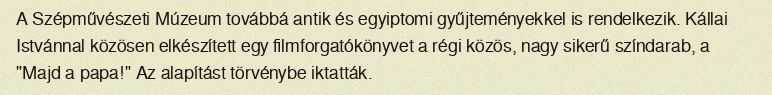
A Szépművészeti Múzeum továbbá antik és egyiptomi gyűjteményekkel is rendelkezik. Kállai Istvánnal közösen elkészített egy filmforgatókönyvet a régi közös, nagy sikerű színdarab, a "Majd a papa!" Az alapítást törvénybe iktatták.